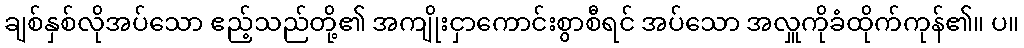
ချစ်နှစ်လိုအပ်သော ဧည့်သည်တို့၏ အကျိုးငှာကောင်းစွာစီရင် အပ်သော အလှူကိုခံထိုက်ကုန်၏။ ပ။